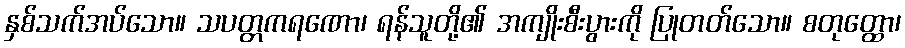
နှစ်သက်အပ်သော။ သပတ္တကရဏော၊ ရန်သူတို့၏ အကျိုးစီးပွားကို ပြုတတ်သော။ စတုတ္ထော၊